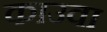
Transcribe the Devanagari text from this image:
काउवा